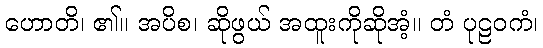
ဟောတိ၊ ၏။ အပိစ၊ ဆိုဖွယ် အထူးကိုဆိုအံ့။ တံ ပုဠဝကံ၊